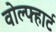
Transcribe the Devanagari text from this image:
वोल्फ्हार्ट